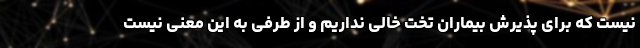
نیست که برای پذیرش بیماران تخت خالی نداریم و از طرفی به این معنی نیست